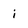
Character: i